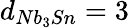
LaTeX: d_{Nb_{3}Sn}=3